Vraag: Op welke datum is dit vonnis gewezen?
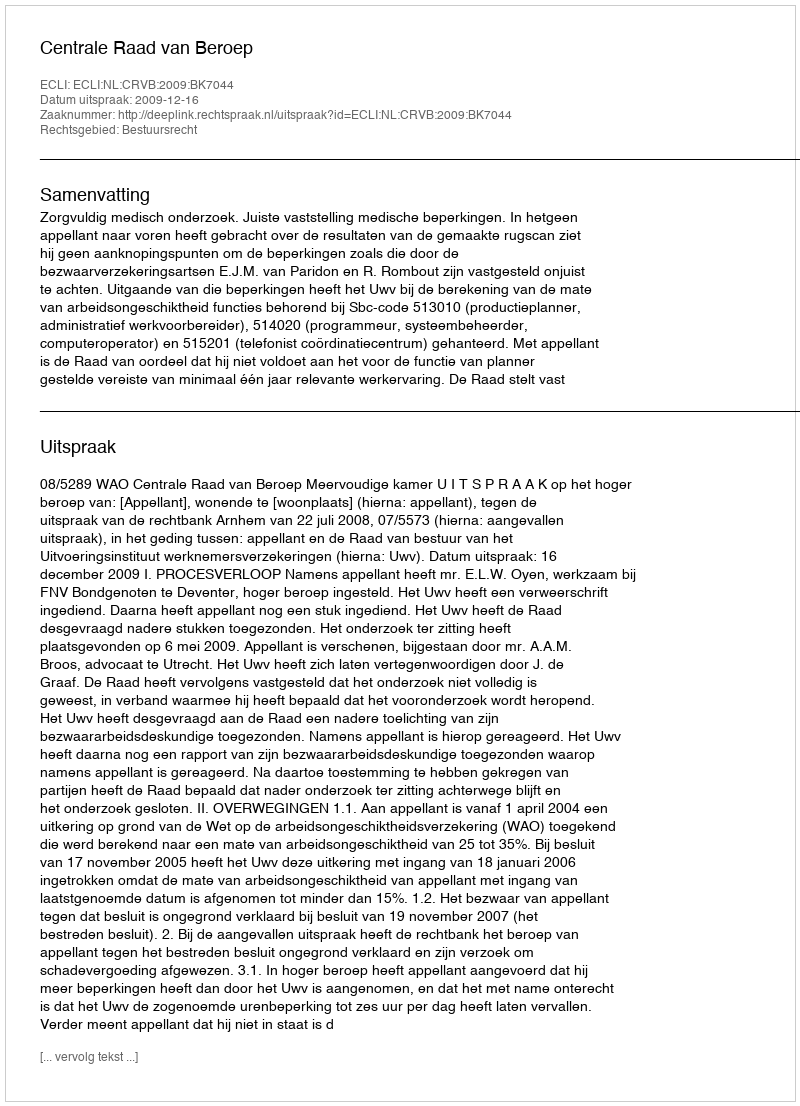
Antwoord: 2009-12-16